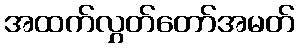
အထက်လွှတ်တော်အမတ်